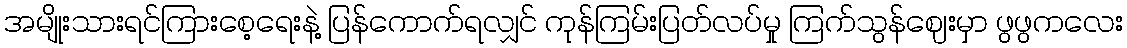
အမျိုးသားရင်ကြားစေ့ရေးနဲ့ ပြန်ကောက်ရလျှင် ကုန်ကြမ်းပြတ်လပ်မှု ကြက်သွန်ဈေးမှာ ဖွဖွကလေး